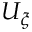
U _ { \xi }